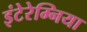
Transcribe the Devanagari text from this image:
इंटेरेम्निया